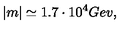
| m | \simeq 1 . 7 \cdot 1 0 ^ { 4 } G e v ,